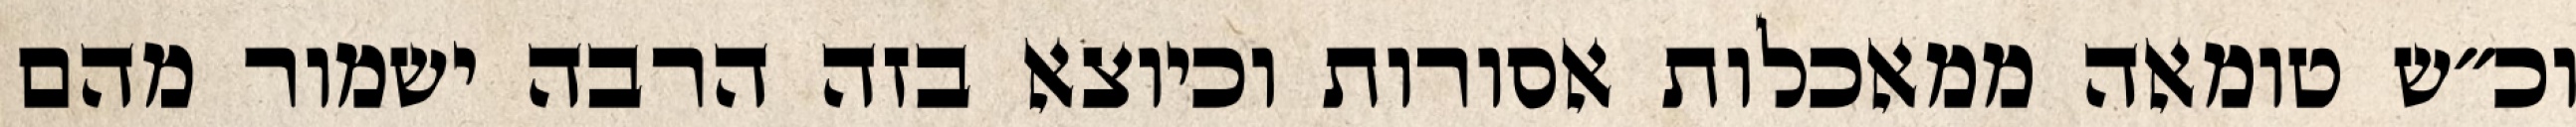
וכ״ש טומאה ממאכלות אסורות וכיוצא בזה הרבה ישמור מהם